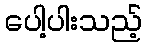
ပေါ့ပါးသည့်